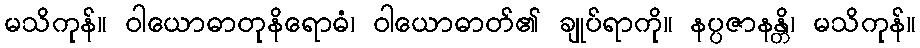
မသိကုန်။ ဝါယောဓာတုနိရောဓံ၊ ဝါယောဓာတ်၏ ချုပ်ရာကို။ နပ္ပဇာနန္တိ၊ မသိကုန်။